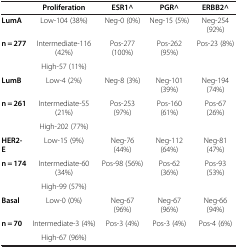
<table><thead><tr><td><b> </b></td><td><b>Proliferation</b></td><td><b>ESR1^</b></td><td><b>PGR^</b></td><td><b>ERBB2^</b></td></tr></thead><tbody><tr><td><b>LumA</b></td><td>Low-104 (38%)</td><td>Neg-0 (0%)</td><td>Neg-15 (5%)</td><td>Neg-254 (92%)</td></tr><tr><td><b>n = 277</b></td><td>Intermediate-116 (42%)</td><td>Pos-277 (100%)</td><td>Pos-262 (95%)</td><td>Pos-23 (8%)</td></tr><tr><td> </td><td>High-57 (11%)</td><td> </td><td> </td><td> </td></tr><tr><td><b>LumB</b></td><td>Low-4 (2%)</td><td>Neg-8 (3%)</td><td>Neg-101 (39%)</td><td>Neg-194 (74%)</td></tr><tr><td><b>n = 261</b></td><td>Intermediate-55 (21%)</td><td>Pos-253 (97%)</td><td>Pos-160 (61%)</td><td>Pos-67 (26%)</td></tr><tr><td> </td><td>High-202 (77%)</td><td> </td><td> </td><td> </td></tr><tr><td><b>HER2-E</b></td><td>Low-15 (9%)</td><td>Neg-76 (44%)</td><td>Neg-112 (64%)</td><td>Neg-81 (47%)</td></tr><tr><td><b>n = 174</b></td><td>Intermediate-60 (34%)</td><td>Pos-98 (56%)</td><td>Pos-62 (36%)</td><td>Pos-93 (53%)</td></tr><tr><td> </td><td>High-99 (57%)</td><td> </td><td> </td><td> </td></tr><tr><td><b>Basal</b></td><td>Low-0 (0%)</td><td>Neg-67 (96%)</td><td>Neg-67 (96%)</td><td>Neg-66 (94%)</td></tr><tr><td><b>n = 70</b></td><td>Intermediate-3 (4%)</td><td>Pos-3 (4%)</td><td>Pos-3 (4%)</td><td>Pos-4 (6%)</td></tr><tr><td> </td><td>High-67 (96%)</td><td> </td><td> </td><td> </td></tr></tbody></table>